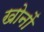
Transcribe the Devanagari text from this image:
खोनों